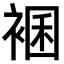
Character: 𧛃